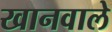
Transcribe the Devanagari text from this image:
खानवाले